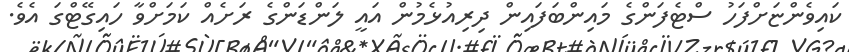
ކައިވެންޏަށްފަހު ސްޓެފަންގެ މައިންބަފައިން ދިރިއުޅެމުން އައީ ލަންޑަންގެ ރަށެއް ކަމަށްވާ ހައިގޭޓްގަ އެވެ.